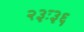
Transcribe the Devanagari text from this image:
२३ः३६